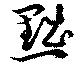
黜